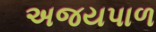
અજયપાળ